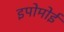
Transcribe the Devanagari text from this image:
इपोमोई